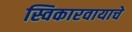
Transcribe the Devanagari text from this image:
स्विकारवायाचे